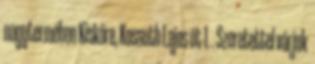
nagytermében Kisköre, Kossuth Lajos út 1. . Szeretettel várjuk